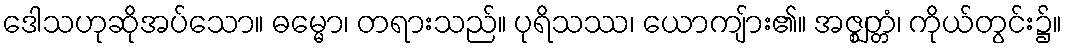
ဒေါသဟုဆိုအပ်သော။ ဓမ္မော၊ တရားသည်။ ပုရိသဿ၊ ယောကျ်ား၏။ အဇ္ဈတ္တံ၊ ကိုယ်တွင်း၌။